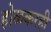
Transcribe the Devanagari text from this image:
होळकरही